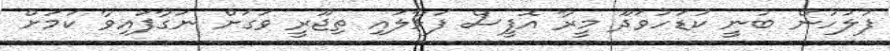
ފުލުހުން ބުނީ ކުޑަހުވަދޫ މީރާ އޮފީސް ފަޅާލައި ތިޖޫރީ ވަގަށް ނަގާފައިވާ ކަމަށް